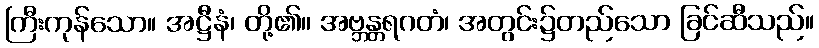
ကြီးကုန်သော။ အဋ္ဌီနံ၊ တို့၏။ အဗ္ဘန္တရဂတံ၊ အတွင်း၌တည်သော ခြင်ဆီသည်။